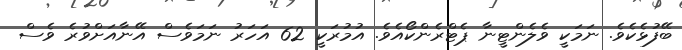
ބޭފުޅެކެވެ. ނަމަކީ ވެލެންޓީނާ ޕެޓްރެންކޯއެވެ. އުމުރަކީ 62 އަހަރު ނަމަވެސް އޭނާއަށްވުރެ ވެސް